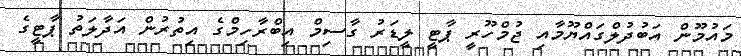
މައުމޫން އަބުދުލްގައްޔޫމާއި ޖުމްހޫރީ ޕާޓީ ލީޑަރު ގާސިމް އިބްރާހިމްގެ އިތުރުން އަދާލަތު ޕާޓީގެ